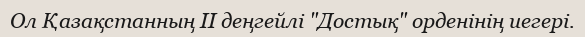
Ол Қазақстанның ІІ деңгейлі "Достық" орденінің иегері.